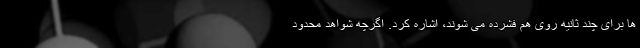
ها برای چند ثانیه روی هم فشرده می شوند، اشاره کرد. اگرچه شواهد محدود